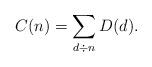
LaTeX: \begin{align*}C(n) = \sum_{d\div n} D(d).\end{align*}